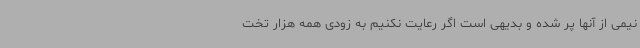
نیمی از آنها پر شده و بدیهی است اگر رعایت نکنیم به زودی همه هزار تخت